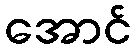
အောင်